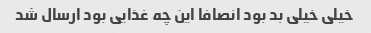
خیلی خیلی بد بود انصافا این چه غذایی بود ارسال شد